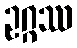
ဥဂ္ဂဿ